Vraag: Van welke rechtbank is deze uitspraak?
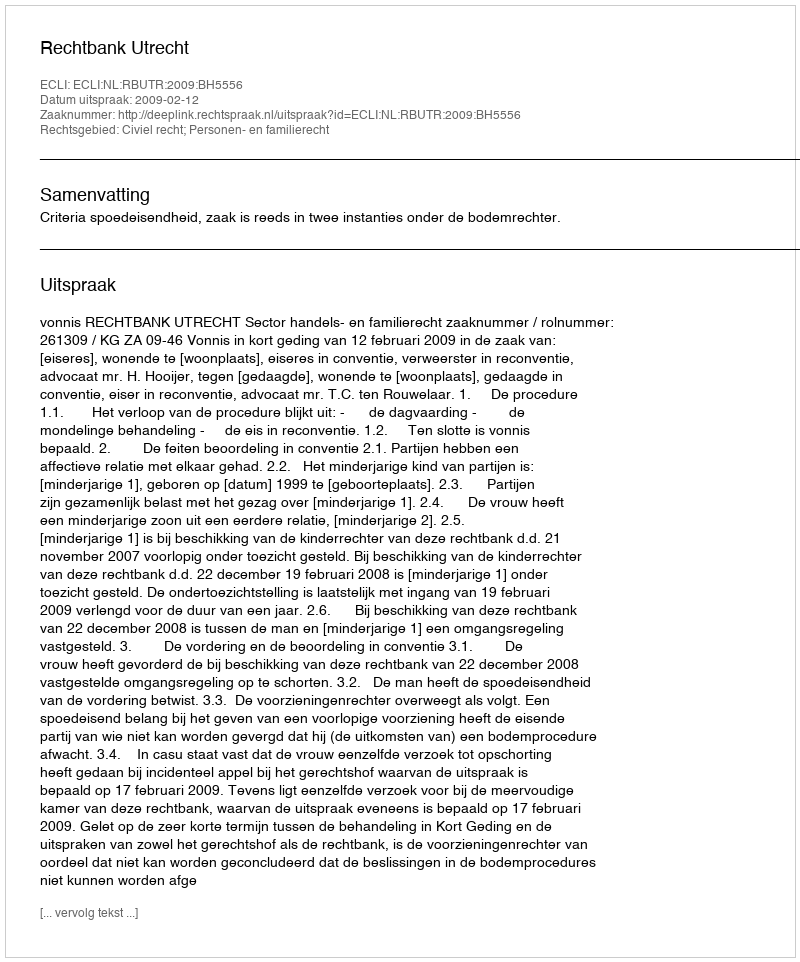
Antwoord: Rechtbank Utrecht